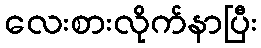
လေးစားလိုက်နာပြီး